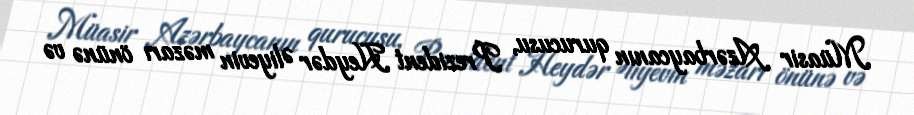
Müasir Azərbaycanın qurucusu, Prezident Heydər Əliyevin məzarı önünə və